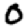
Digit: 0